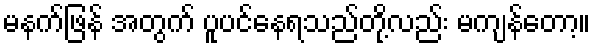
မနက်ဖြန် အတွက် ပူပင်နေရသည်တို့လည်း မကျန်တော့။